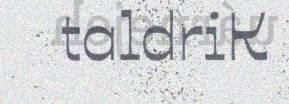
taldriK